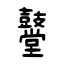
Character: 鼞